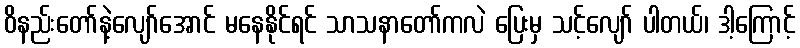
ဝိနည်းတော်နဲ့လျော်အောင် မနေနိုင်ရင် သာသနာတော်ကလဲ ပြေးမှ သင့်လျော် ပါတယ်၊ ဒါ့ကြောင့်